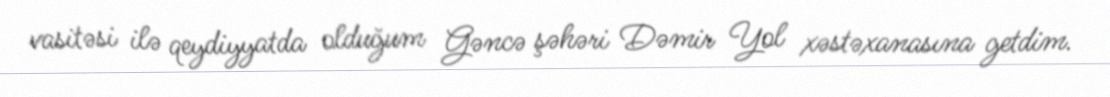
vasitəsi ilə qeydiyyatda olduğum Gəncə şəhəri Dəmir Yol xəstəxanasına getdim.